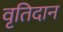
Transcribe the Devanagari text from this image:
वृतिदान